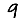
Digit: 9